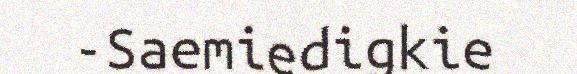
-Saemiedigkie